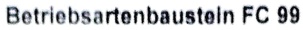
Text: Betriebsartenbaustein FC 99